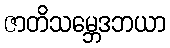
ဇာတိသမ္ဘေဒဘယာ